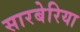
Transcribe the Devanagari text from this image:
सारबेरिया